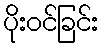
ပိုးဝင်ခြင်း